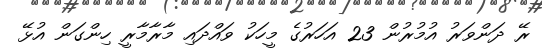
ރޭ ދަންވަރު އުމުރުން 23 އަހަރުގެ މީހަކު ވައްދައި މާރާމާރީ ހިންގަން އުޅޭ